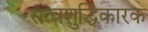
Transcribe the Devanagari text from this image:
सत्वशुद्धिकारक